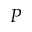
P